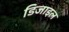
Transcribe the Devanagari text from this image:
डिजाइल